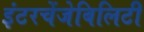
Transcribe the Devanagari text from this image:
इंटरचेंजेबिलिटी